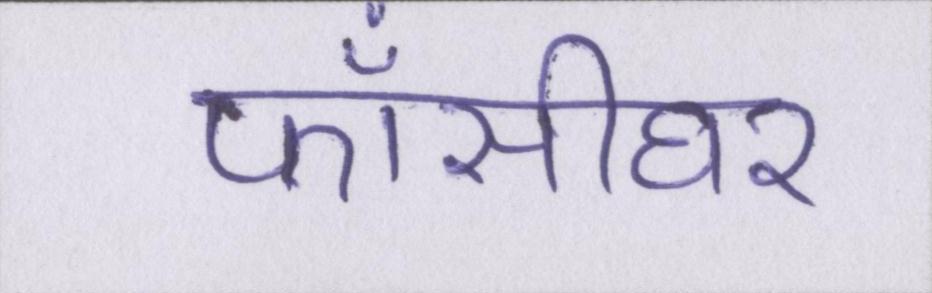
फाँसीघर